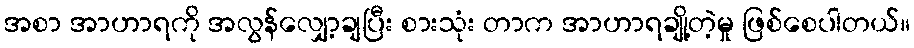
အစာ အာဟာရကို အလွန်လျှော့ချပြီး စားသုံး တာက အာဟာရချို့တဲ့မှု ဖြစ်စေပါတယ်။